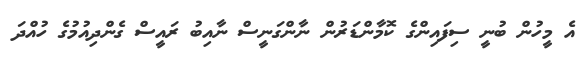
އެ މީހުން ބުނީ ސިފައިންގެ ކޮމާންޑަރުން ނާންގަނީސް ނާއިބު ރައީސް ގެންދިއުމުގެ ހުއްދަ